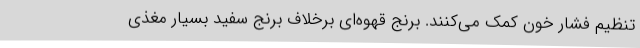
تنظیم فشار خون کمک می‌کنند. برنج قهوه‌ای برخلاف برنج سفید بسیار مغذی